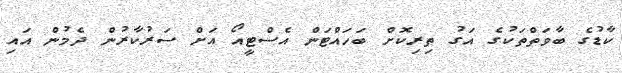
ކާޑުގެ ބާވަތްތަކުގެ އަގު ތިރިކޮށް ބަހައްޓަން އެސްޓީއޯ އަށް ސަރުކާރުން ދެމުން އައި